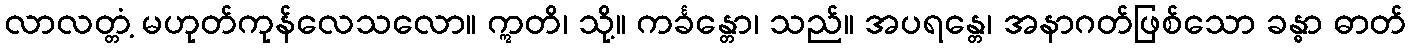
လာလတ္တံ့ မဟုတ်ကုန်လေသလော။ ဣတိ၊ သို့။ ကင်္ခန္တော၊ သည်။ အပရန္တေ၊ အနာဂတ်ဖြစ်သော ခန္ဓာ ဓာတ်